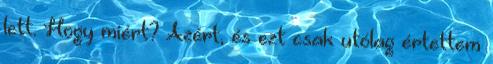
lett. Hogy miért? Azért, és ezt csak utólag értettem